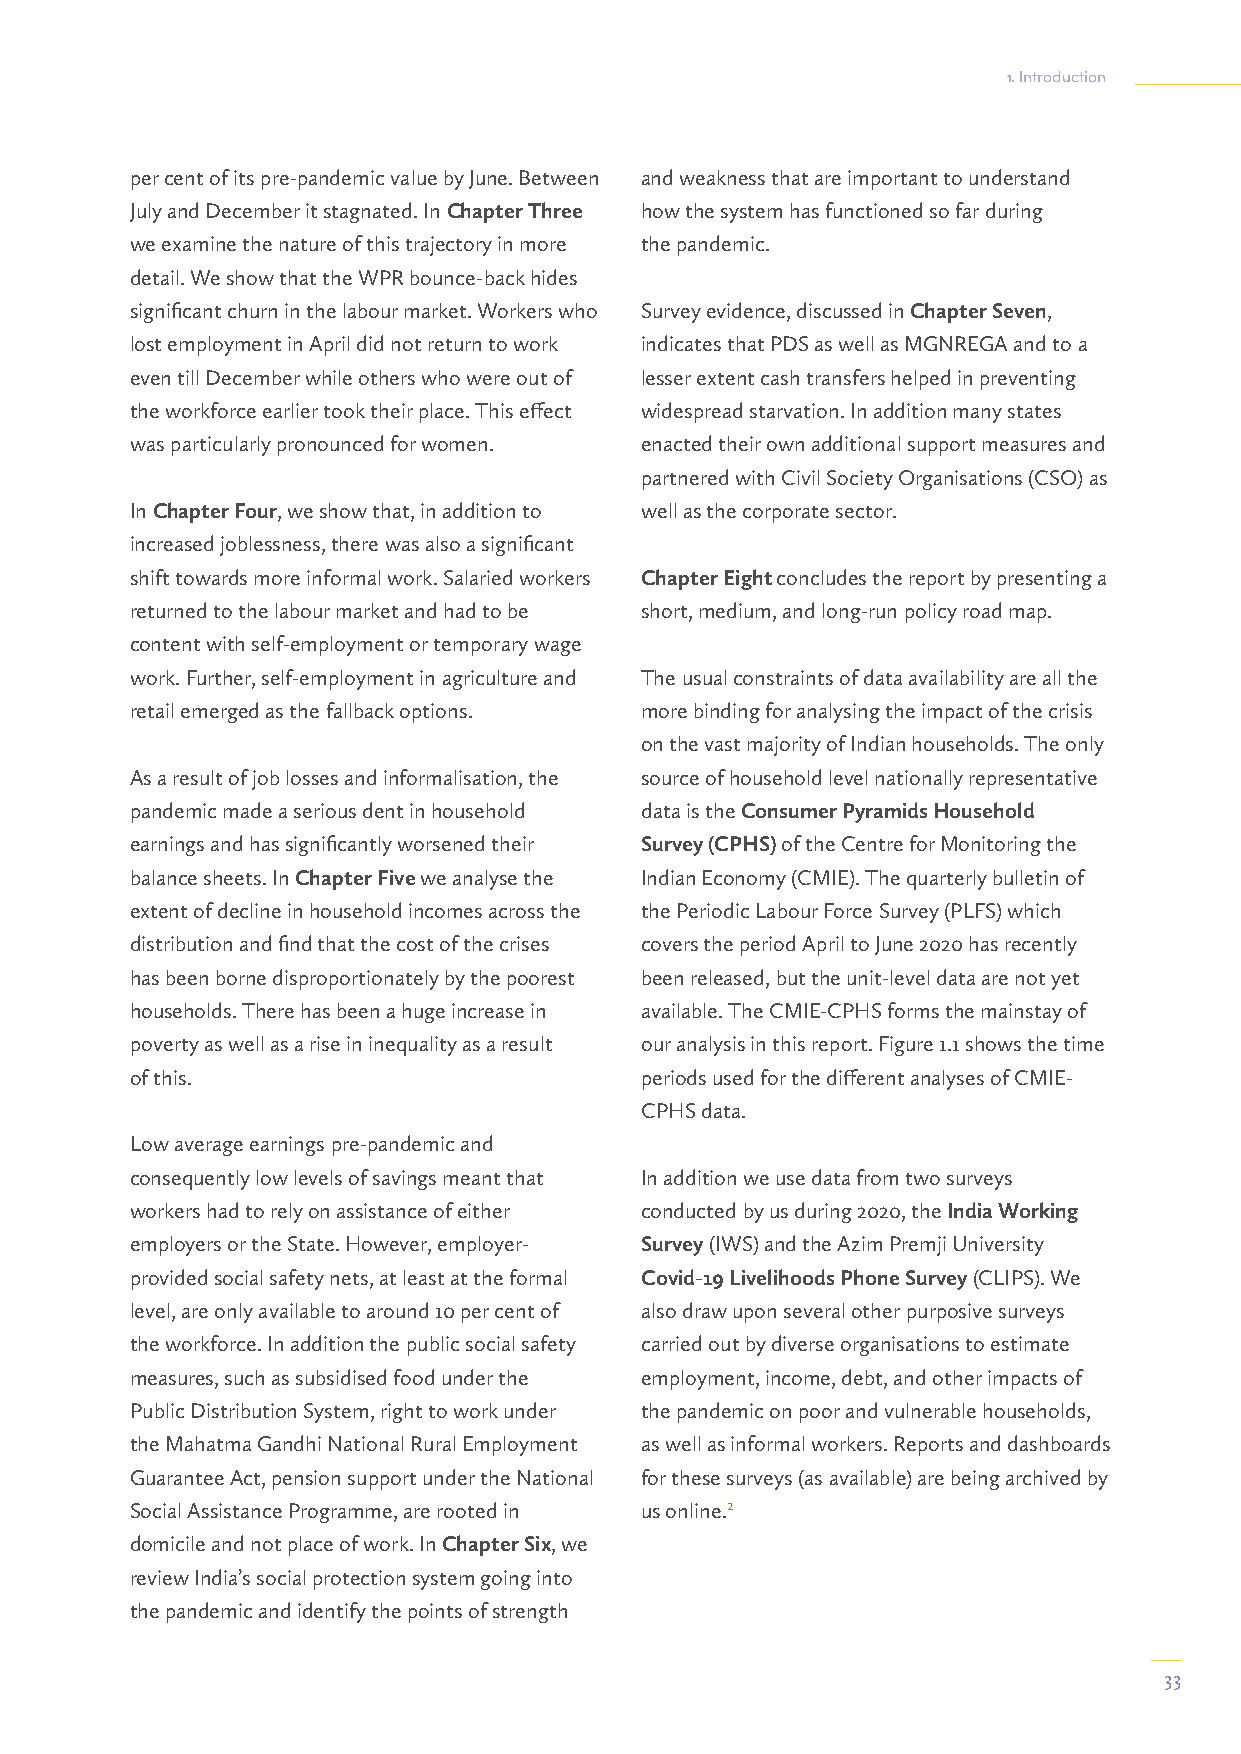
1. Introduction
 per cent of its pre-pandemic value by June. Between and weakness that are important to understand
 July and December it stagnated. In Chapter Three how the system has functioned so far during
 we examine the nature of this trajectory in more the pandemic.
 detail. We show that the WPR bounce-back hides
 significant churn in the labour market. Workers who Survey evidence, discussed in Chapter Seven,
 lost employment in April did not return to work indicates that PDS as well as MGNREGA and to a
 even till December while others who were out of lesser extent cash transfers helped in preventing
 the workforce earlier took their place. This effect widespread starvation. In addition many states
 was particularly pronounced for women. enacted their own additional support measures and
 partnered with Civil Society Organisations (CSO) as
 In Chapter Four, we show that, in addition to well as the corporate sector.
 increased joblessness, there was also a significant
 shift towards more informal work. Salaried workers Chapter Eight concludes the report by presenting a
 returned to the labour market and had to be short, medium, and long-run policy road map.
 content with self-employment or temporary wage
 work. Further, self-employment in agriculture and The usual constraints of data availability are all the
 retail emerged as the fallback options. more binding for analysing the impact of the crisis
 on the vast majority of Indian households. The only
 As a result of job losses and informalisation, the source of household level nationally representative
 pandemic made a serious dent in household data is the Consumer Pyramids Household
 earnings and has significantly worsened their Survey (CPHS) of the Centre for Monitoring the
 balance sheets. In Chapter Five we analyse the Indian Economy (CMIE). The quarterly bulletin of
 extent of decline in household incomes across the the Periodic Labour Force Survey (PLFS) which
 distribution and find that the cost of the crises covers the period April to June 2020 has recently
 has been borne disproportionately by the poorest been released, but the unit-level data are not yet
 households. There has been a huge increase in available. The CMIE-CPHS forms the mainstay of
 poverty as well as a rise in inequality as a result our analysis in this report. Figure 1.1 shows the time
 of this.                         periods used for the different analyses of CMIE-
 CPHS data.
 Low average earnings pre-pandemic and
 consequently low levels of savings meant that In addition we use data from two surveys
 workers had to rely on assistance of either conducted by us during 2020, the India Working
 employers or the State. However, employer- Survey (IWS) and the Azim Premji University
 provided social safety nets, at least at the formal Covid-19 Livelihoods Phone Survey (CLIPS). We
 level, are only available to around 10 per cent of also draw upon several other purposive surveys
 the workforce. In addition the public social safety carried out by diverse organisations to estimate
 measures, such as subsidised food under the employment, income, debt, and other impacts of
 Public Distribution System, right to work under the pandemic on poor and vulnerable households,
 the Mahatma Gandhi National Rural Employment as well as informal workers. Reports and dashboards
 Guarantee Act, pension support under the National for these surveys (as available) are being archived by
 Social Assistance Programme, are rooted in us online.2
 domicile and not place of work. In Chapter Six, we
 review India’s social protection system going into
 the pandemic and identify the points of strength
 33